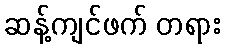
ဆန့်ကျင်ဖက် တရား